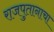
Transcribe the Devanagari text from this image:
राजपुतानाचा